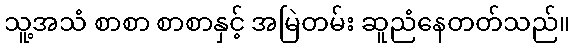
သူ့အသံ စာစာ စာစာနှင့် အမြဲတမ်း ဆူညံနေတတ်သည်။